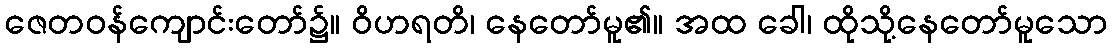
ဇေတဝန်ကျောင်းတော်၌။ ဝိဟရတိ၊ နေတော်မူ၏။ အထ ခေါ၊ ထိုသို့နေတော်မူသော